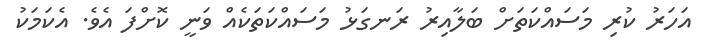
އަހަރު ކުރި މަސައްކަތަށް ބަލާއިރު ރަނގަޅު މަސައްކަތަކެއް ވަނީ ކޮށްފަ އެވެ. އެކަމަކު